Sanitation, dispensaries and jails vaccination Rajputana 1922-1927 - 1922-1927
Year: 1922
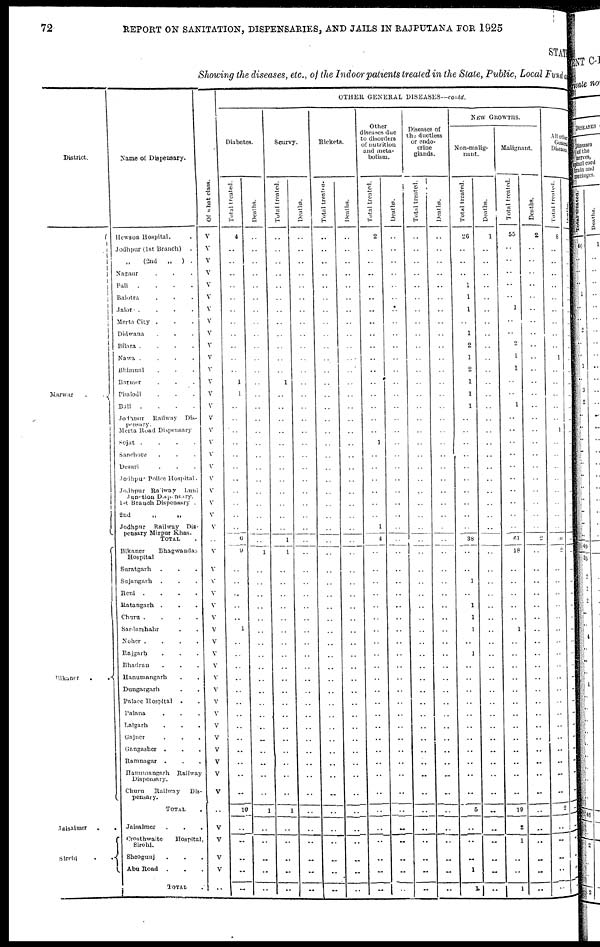
72
REPORT ON SANITATION, DISPENSARIES, AND JAILS IN RAJPUTANA FOR 1925
STATE
Showing the diseases, etc., of the Indoor patients treated in the State, Public, Local Fund and
District.
Marwar
.
.
Bikaner
.
.
Jaisalmer . .
Sirohi . .
Name of Dispensary.
Hewson Hospital. .
Jodhpur (1st Branch)
.
„ (2nd
„
) .
Nagaur . . .
Pali
.
.
.
.
Balotra . . .
Jalore .
.
.
.
Merta City . . .
Didwana . . .
Bilara .
.
.
.
Nawa .
.
.
.
Bhimnal . . .
Barmer . . .
Phalodi . . .
Bali
.
.
.
.
Jodhpur
Railway Dis-
pensary.
Merta Road Dispensary
Sojat .
.
.
.
Sanchore . . .
Desuri . . .
Jodhpur Police Hospital .
Jodhpur Railway
Luni
Junction Dispensary.
1st Branch Dispensary .
2nd
„
„
Jodhpur
Railway Dis-
pensary Mirpur Khas.
TOTAL .
Bikaner
Bhagwandas
Hospital
Suratgarh . . .
Sujangarh
. . .
Reni .
.
.
.
Ratangarh . . .
Churu .
.
.
.
Sardarshahr . .
Noher .
.
.
.
Rajgarh . . .
Bhadran . . .
Hanumangarh . .
Dungargarh . .
Palace Hospital . .
Palana . . .
Lalgarh . . .
Gajner . . .
Gangasher . . .
Ramnagar . . .
Hanumangarh
Railway
Dispensary.
Churu
Railway
Dis-
pensary.
TOTAL .
Jaisalmer . . .
Crosthwaite
Hospital,
Sirohi.
Sheogunj . . .
Abu Road
. . .
TOTAL .
Of what class.
V
V
V
V
V
V
V
V
V
V
V
V
V
V
V
V
V
V
V
V
V
V
V
V
V
..
V
V
V
V
V
V
V
V
V
V
V
V
V
V
V
V
V
V
V
V
..
V
V
V
V
..
OTHER GENERAL DISEASES—contd.
Diabetes.
Total treated.
4
..
..
..
..
..
..
..
..
..
..
..
1
1
..
..
..
..
..
..
..
..
..
..
..
6
9
..
..
..
..
..
1
..
..
..
..
..
..
..
..
..
..
..
..
..
10
..
..
...
..
..
Deaths.
..
..
..
..
..
..
..
..
..
..
..
..
..
..
..
..
..
..
..
..
..
..
..
..
..
..
1
..
..
..
..
..
..
..
..
..
..
..
..
..
..
..
..
..
..
..
1
..
..
..
..
..
Scurvy.
Total treated.
..
..
..
..
..
..
..
..
..
..
..
..
1
..
..
..
..
..
..
..
..
..
..
..
..
1
1
..
..
..
..
..
..
..
..
..
..
..
..
..
..
..
..
..
..
..
1
..
..
..
..
..
Deaths.
..
..
..
..
..
..
..
..
..
..
..
..
..
..
..
..
..
..
..
..
..
..
..
..
..
..
..
..
..
..
..
..
..
..
..
..
..
..
..
..
..
..
..
..
..
..
..
..
..
..
..
..
Rickets.
Total treated.
..
..
..
..
..
..
..
..
..
..
..
..
..
..
..
..
..
..
..
..
..
..
..
..
..
..
..
..
..
..
..
..
..
..
..
..
..
..
..
..
..
..
..
..
..
..
..
..
..
..
..
..
Deaths.
..
..
..
..
..
..
..
..
..
..
..
..
..
..
..
..
..
..
..
..
..
..
..
..
..
..
..
..
..
..
..
..
..
..
..
..
..
..
..
..
..
..
..
..
..
..
..
..
..
..
..
..
Other
diseases due
to disorders
of nutrition
and meta-
bolism.
Total treated.
2
..
..
..
..
..
..
..
..
..
..
..
..
..
..
..
..
1
..
..
..
..
..
..
1
4
..
..
..
..
..
..
..
..
..
..
..
..
..
..
..
..
..
..
..
..
..
..
..
..
..
..
Deaths.
..
..
..
..
..
..
..
..
..
..
..
..
..
..
..
..
..
..
..
..
..
..
..
..
..
..
..
..
..
..
..
..
..
..
..
..
..
..
..
..
..
..
..
..
..
..
..
..
..
..
..
..
Diseases of
the ductless
or endo-
crine
glands.
Total treated.
..
..
..
..
..
..
..
..
..
..
..
..
..
..
..
..
..
..
..
..
..
..
..
..
..
..
..
..
..
..
..
..
..
..
..
..
..
..
..
..
..
..
..
..
..
..
..
..
..
..
..
..
Deaths.
..
..
..
..
..
..
..
..
..
..
..
..
..
..
..
..
..
..
..
..
..
..
..
..
..
..
..
..
..
..
..
..
..
..
..
..
..
..
..
..
..
..
..
..
..
..
..
..
..
..
..
..
NEW GROWTHS.
Non-malig-
nant.
Total treated.
26
..
..
..
1
1
1
..
1
2
1
2
1
1
1
..
..
..
..
..
..
..
..
..
..
38
..
..
1
..
1
1
1
..
1
..
..
..
..
..
..
..
..
..
..
..
5
..
..
..
1
1
Deaths.
1
..
..
..
..
..
..
..
..
..
..
..
..
..
..
..
..
..
..
..
..
..
..
..
..
..
..
..
..
..
..
..
..
..
..
..
..
..
..
..
..
..
..
..
..
..
..
..
..
..
..
..
Malignant.
Total treated.
55
..
..
..
..
..
1
..
..
2
1
1
..
..
1
..
..
..
..
..
..
..
..
..
..
61
18
..
..
..
..
..
1
..
..
..
..
..
..
..
..
..
..
..
..
..
19
2
1
..
..
1
Deaths.
2
..
..
..
..
..
..
..
..
..
..
..
..
..
..
..
..
..
..
..
..
..
..
..
..
2
..
..
..
..
..
..
..
..
..
..
..
..
..
..
..
..
..
..
..
..
..
..
..
..
..
..
All other
General
Diseases.
Total treated.
8
..
..
..
..
..
..
..
..
..
1
..
..
..
..
..
1
..
..
..
..
..
..
..
..
10
2
..
..
..
..
..
..
..
..
..
..
..
..
..
..
..
..
..
..
..
2
..
..
..
..
..
Deaths.
..
..
..
..
..
..
..
..
..
..
..
..
..
..
..
..
..
..
..
..
..
..
..
..
..
..
..
..
..
..
..
..
..
..
..
..
..
..
..
..
..
..
..
..
..
..
..
..
..
..
..
..